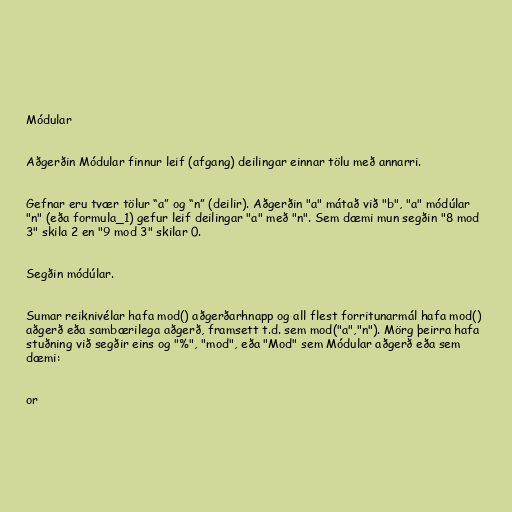
Módular

Aðgerðin Módular finnur leif (afgang) deilingar einnar tölu með annarri.

Gefnar eru tvær tölur “a” og “n” (deilir). Aðgerðin "a" mátað við "b", "a" módúlar
"n" (eða formula_1) gefur leif deilingar "a" með "n". Sem dæmi mun segðin "8 mod
3" skila 2 en "9 mod 3" skilar 0.

Segðin módúlar.

Sumar reiknivélar hafa mod() aðgerðarhnapp og all flest forritunarmál hafa mod()
aðgerð eða sambærilega aðgerð, framsett t.d. sem mod("a","n"). Mörg þeirra hafa
stuðning við segðir eins og "%", "mod", eða "Mod" sem Módular aðgerð eða sem
dæmi:

or